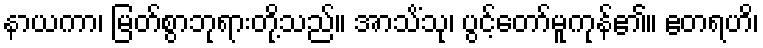
နာယကာ၊ မြတ်စွာဘုရားတို့သည်။ အာသိံသု၊ ပွင့်တော်မူကုန်၏။ ဧတရဟိ၊